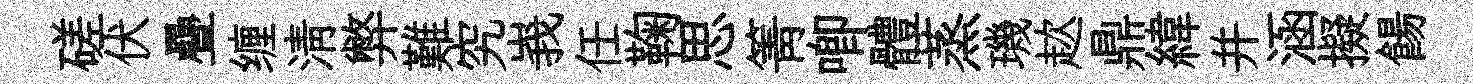
磋伏疊缠淸弊難究峩任鞠思箐唧體蒸璣趑鼎緯并涵擬餳